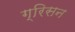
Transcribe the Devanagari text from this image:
ग्रिसन